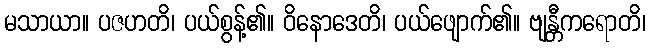
မသာယာ။ ပဇဟတိ၊ ပယ်စွန့်၏။ ဝိနောဒေတိ၊ ပယ်ဖျောက်၏။ ဗျန္တီကရောတိ၊